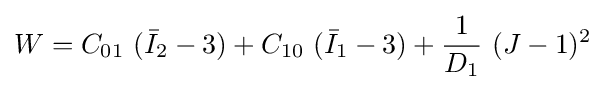
W=C_{01}~({\bar {I}}_{2}-3)+C_{10}~({\bar {I}}_{1}-3)+{\frac {1}{D_{1}}}~(J-1)^{2}